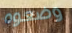
وضعوه